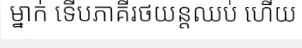
ម្នាក់ ទើបភាគីរថយន្តឈប់ ហើយ